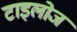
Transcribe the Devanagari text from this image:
टाइलोज